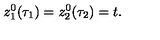
z _ { 1 } ^ { 0 } ( \tau _ { 1 } ) = z _ { 2 } ^ { 0 } ( \tau _ { 2 } ) = t .